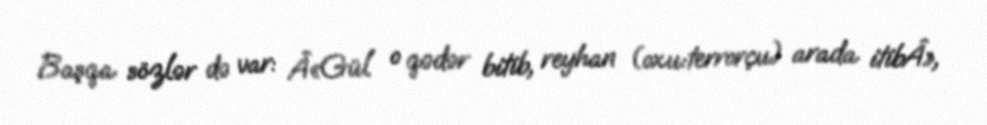
Başqa sözlər də var: Â«Gül o qədər bitib, reyhan (oxu:terrorçu) arada itibÂ»,